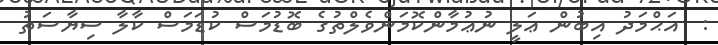
:  އަޙްމަދު އިބުން ޢަލީ ނުޢުމާންކޮމަންވެލްތުގެ ބޮޑުމަސް ކުޑަމަސް ކާލާ ސިޔާސަތު